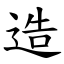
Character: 造